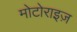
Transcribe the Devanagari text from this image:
मोटोराइज़